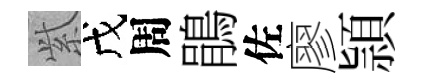
𬗋戊周鵑佐廖頴